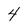
Character: 4